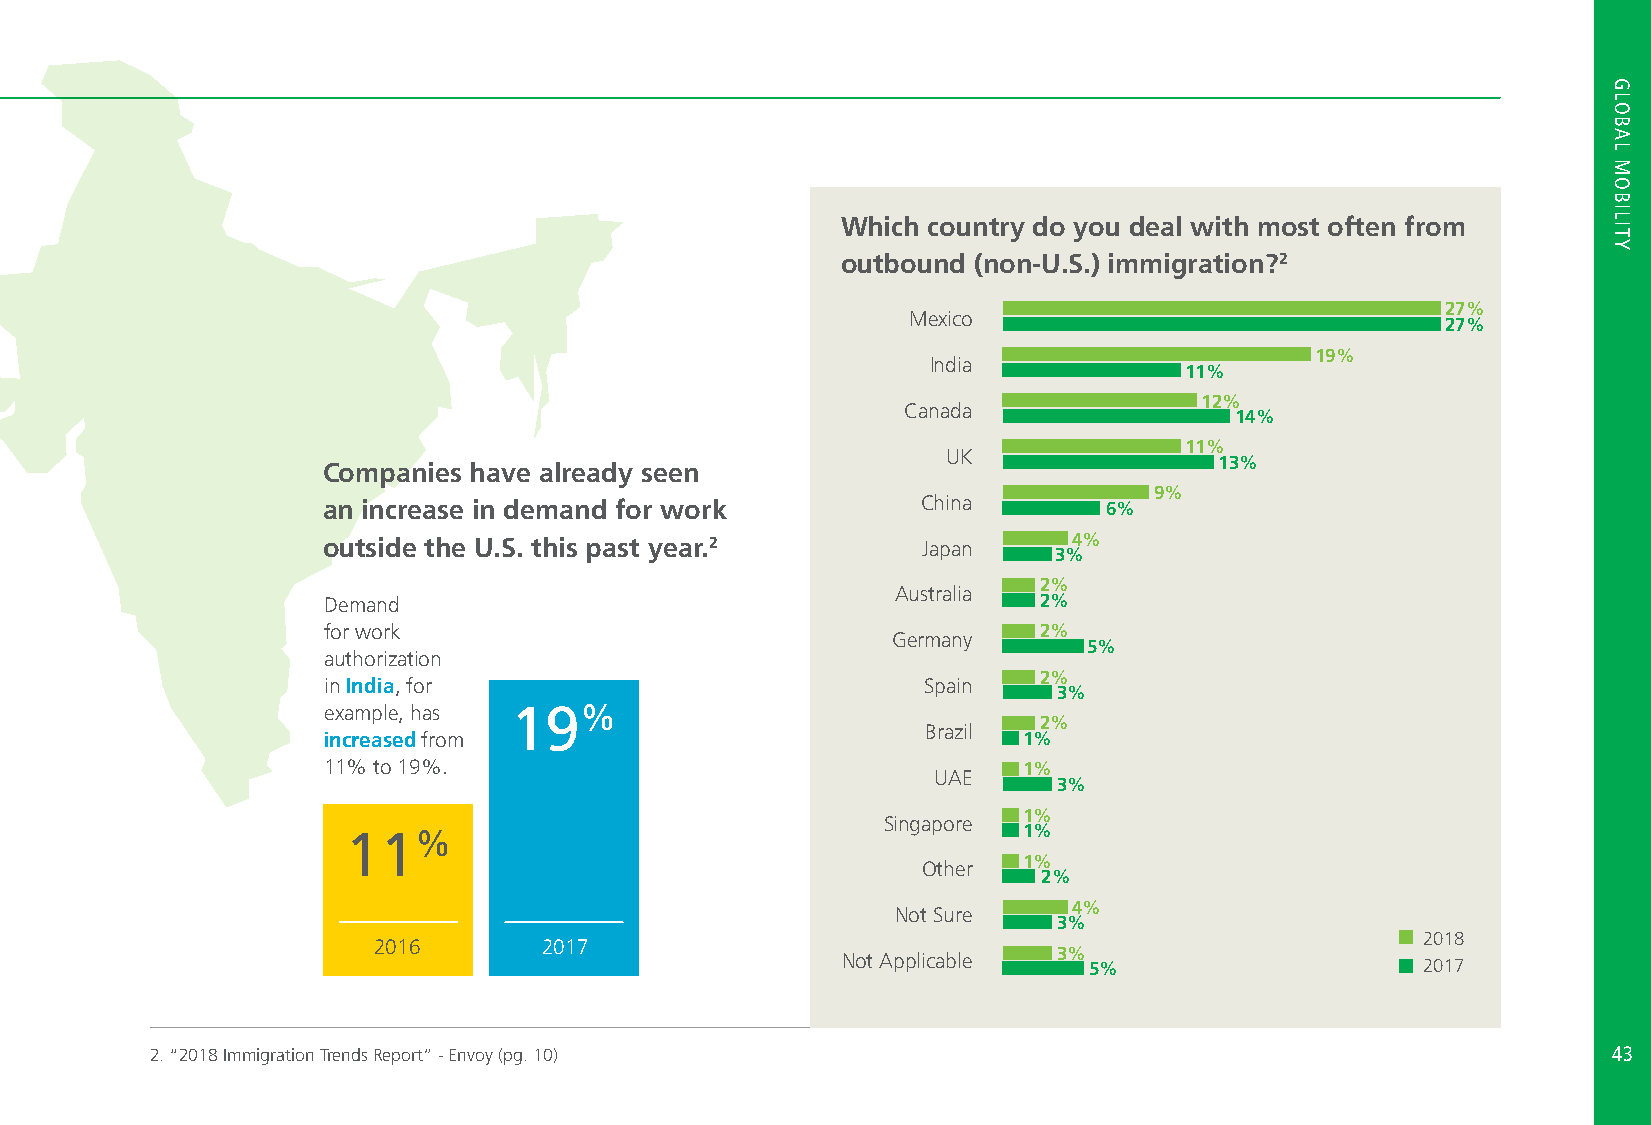
Addressing
 Which country do you deal with most often from Immigration
 outbound (non-U.S.) immigration?2
 Issues1
 27%
 Mexico
 27%
 19%
 India
 11%
 12%
 Canada
 14%
 11%
 UK
 13%
 Companies have already seen
 9%
 an increase in demand for work          China       6%
 outside the U.S. this past year.2       Japan     4%
 3%
 2%
 Australia
 Demand                                          2%
 for work                                        2%
 Germany
 5%
 authorization
 2%
 in India, for                           Spain
 3%
 example, has 19%
 2%
 Brazil
 increased from                                 1%
 11% to 19%.                                    1%
 UAE
 3%
 1%
 Singapore
 11%                                          1%
 Other  1%
 2%
 Not Sure    4%
 3%
 2018
 2016       2017
 Not Applicable 3% 5%                  2017
 2. “2018 Immigration Trends Report” - Envoy (pg. 10)                                             4433
 HGRLO
 HBOATL
 TMOOPIBCISL
 ITY